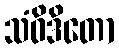
သံဝိဒိတော